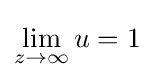
\lim _{z\to \infty }u=1